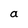
Character: a